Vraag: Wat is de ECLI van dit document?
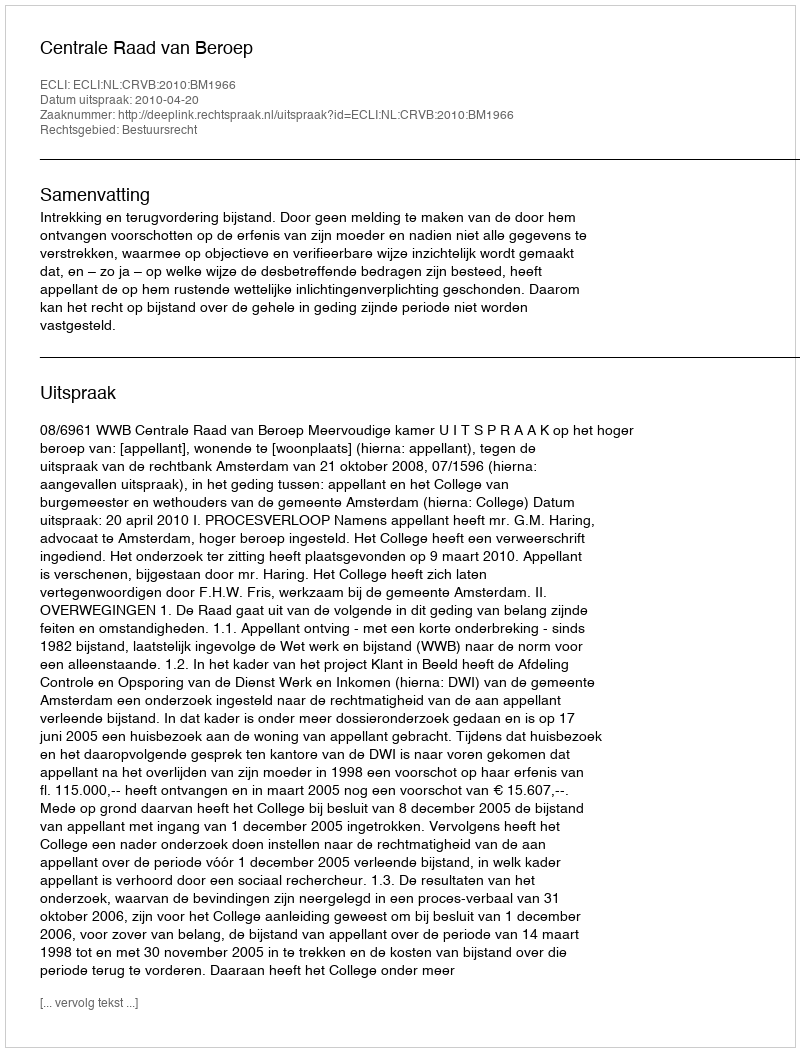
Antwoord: ECLI:NL:CRVB:2010:BM1966